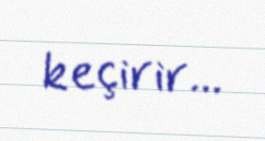
keçirir...